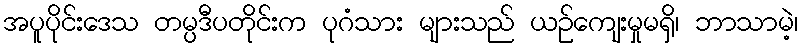
အပူပိုင်းဒေသ တမ္ပဒီပတိုင်းက ပုဂံသား များသည် ယဉ်ကျေးမှုမရှိ၊ ဘာသာမဲ့၊